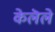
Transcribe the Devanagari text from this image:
केलॆले